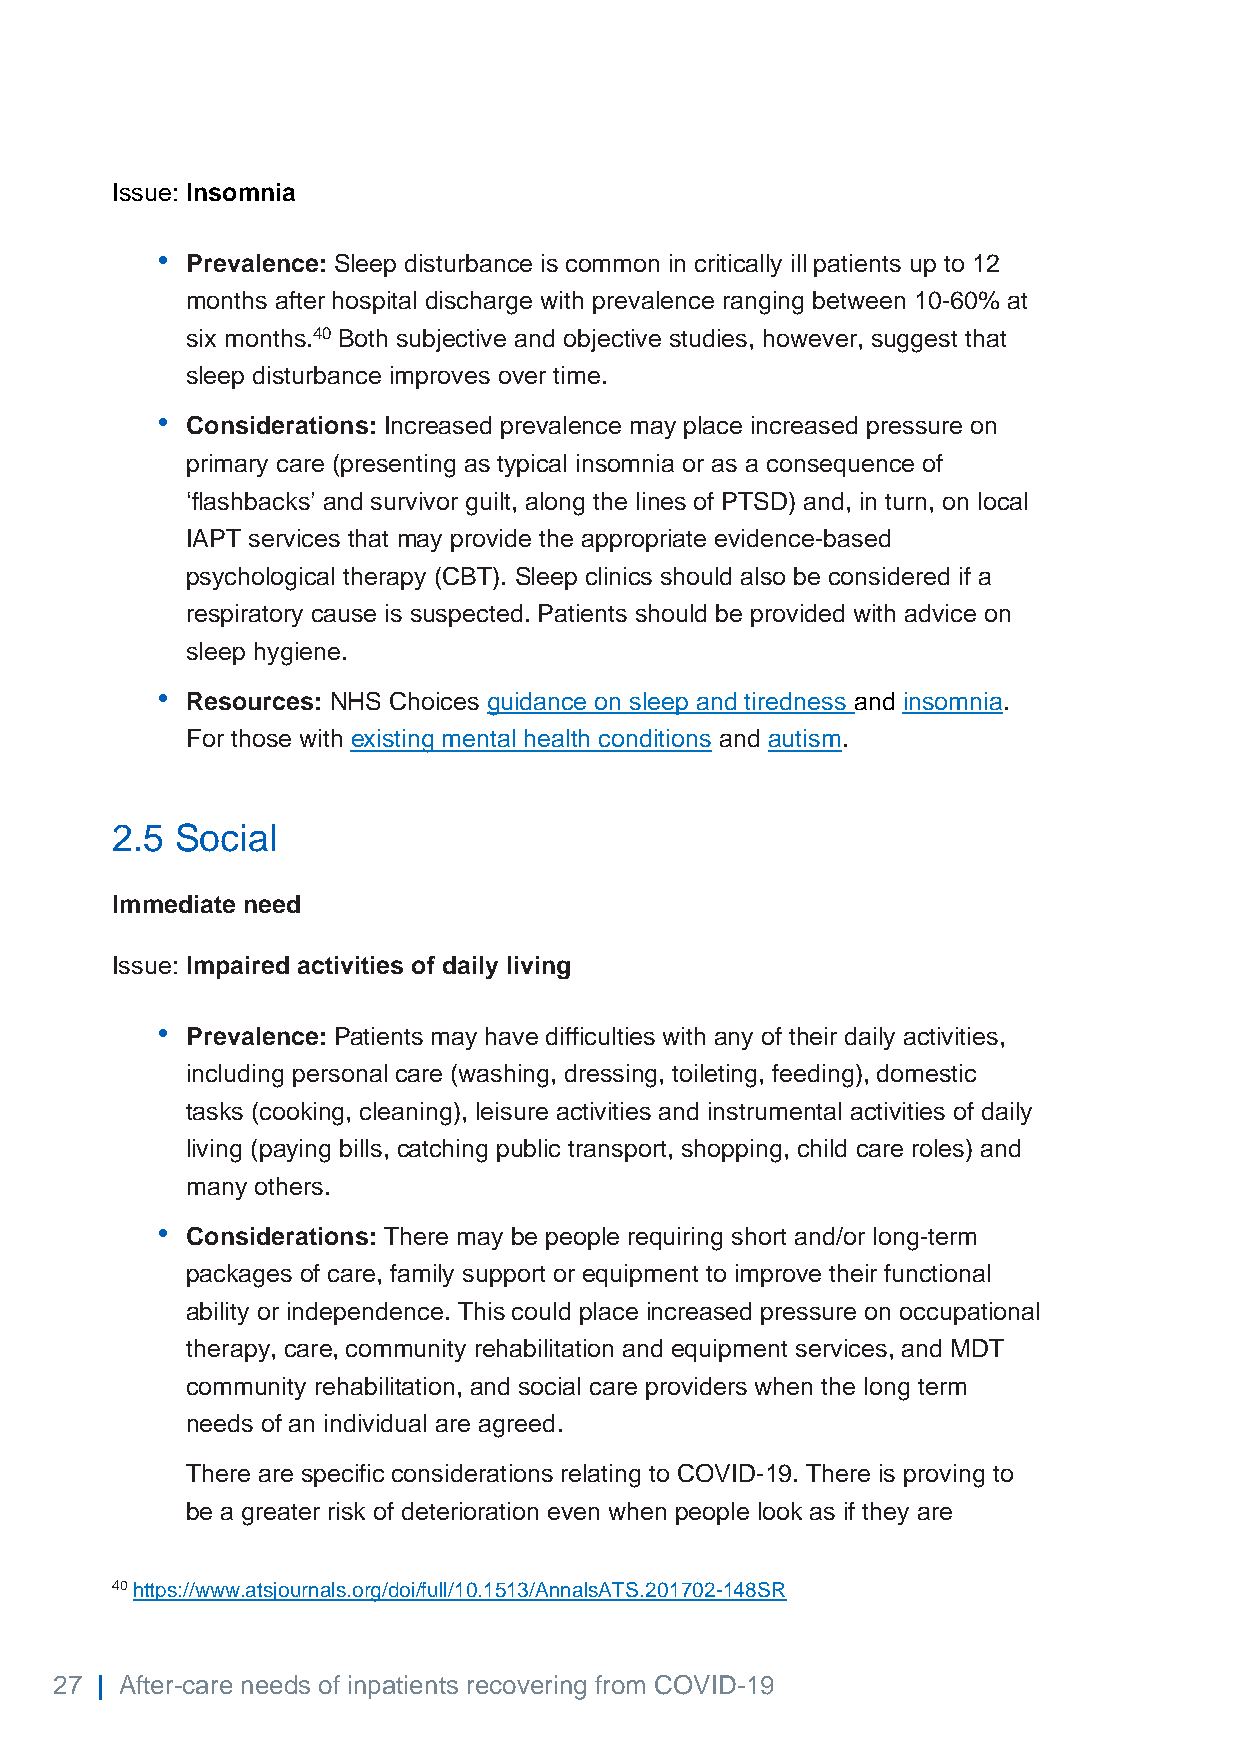
Issue: Insomnia
 •
 Prevalence: Sleep disturbance is common in critically ill patients up to 12
 months after hospital discharge with prevalence ranging between 10-60% at
 six months.40 Both subjective and objective studies, however, suggest that
 sleep disturbance improves over time.
 •
 Considerations: Increased prevalence may place increased pressure on
 primary care (presenting as typical insomnia or as a consequence of
 ‘flashbacks’ and survivor guilt, along the lines of PTSD) and, in turn, on local
 IAPT services that may provide the appropriate evidence-based
 psychological therapy (CBT). Sleep clinics should also be considered if a
 respiratory cause is suspected. Patients should be provided with advice on
 sleep hygiene.
 •
 Resources: NHS Choices guidance on sleep and tiredness and insomnia.
 For those with existing mental health conditions and autism.
 2.5  Social
 Immediate need
 Issue: Impaired activities of daily living
 •
 Prevalence: Patients may have difficulties with any of their daily activities,
 including personal care (washing, dressing, toileting, feeding), domestic
 tasks (cooking, cleaning), leisure activities and instrumental activities of daily
 living (paying bills, catching public transport, shopping, child care roles) and
 many others.
 •
 Considerations: There may be people requiring short and/or long-term
 packages of care, family support or equipment to improve their functional
 ability or independence. This could place increased pressure on occupational
 therapy, care, community rehabilitation and equipment services, and MDT
 community rehabilitation, and social care providers when the long term
 needs of an individual are agreed.
 There are specific considerations relating to COVID-19. There is proving to
 be a greater risk of deterioration even when people look as if they are
 40 https://www.atsjournals.org/doi/full/10.1513/AnnalsATS.201702-148SR
 27 | After-care needs of inpatients recovering from COVID-19